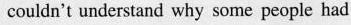
couldn't understand why some people had